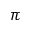
\pi